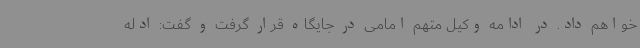
خواهم داد. در ادامه وکیل متهم امامی در جایگاه قرار گرفت و گفت: ادله